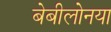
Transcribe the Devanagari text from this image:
बेबीलोनया